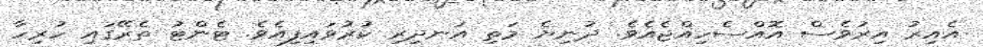
އެއިރު އިރުވެސް އޮއްސެހިއްޖެއެވެ. ދުނިޔެ މަތި އަނދިރި ކުރުވައިފިއެވެ. ޓެންޓު ތެރޭގައި ހުރިހާ